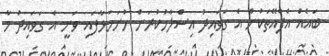
ބައެއް އެފްއޭތަކުން އެ ގަވައިދު އިސްލާހުކުރަން ހުށަހަޅާފައި ވަނީ އެ ގަވައިދު މާ